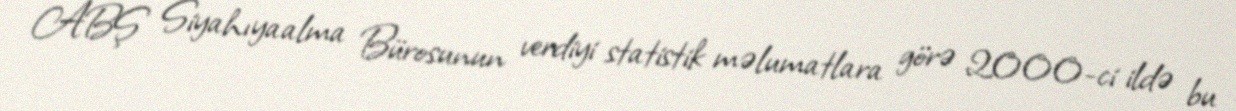
ABŞ Siyahıyaalma Bürosunun verdiyi statistik məlumatlara görə 2000-ci ildə bu